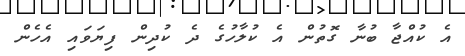
އެ ކުއްޖާ ބުނާ ގޮތުން އެ ކުލާހުގެ ދެ ކުދިން ފިޔަވައި އެހެން